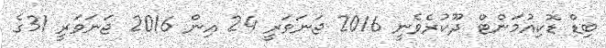
ބިޑް ޑޮކިއުމަންޓް ދޫކުރެވެނީ 2016 ޖަަނަވަރީ 24 އިން 2016 ޖަނަވަރީ 31ގެ